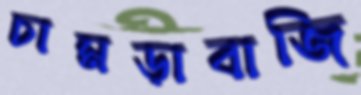
চামড়াবাজি